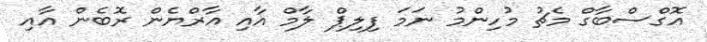
އޮގްސްބާގް މެޗު މުހިންމު ނަމަ ފިލިޕް ލާމް އާއި އާރްޔެން ރޮބެން އާއި